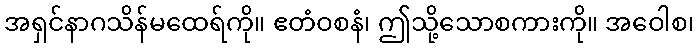
အရှင်နာဂသိန်မထေရ်ကို။ ဧတံဝစနံ၊ ဤသို့သောစကားကို။ အဝေါစ၊